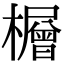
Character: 𪴕